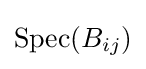
\operatorname {Spec} (B_{ij})